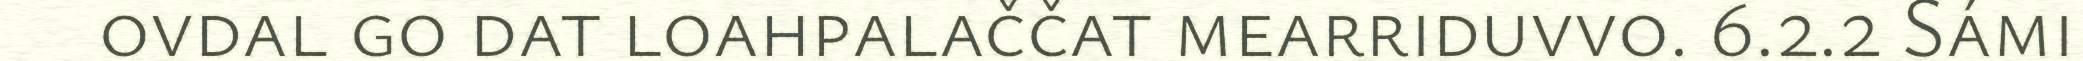
ovdal go dat loahpalaččat mearriduvvo. 6.2.2 Sámi